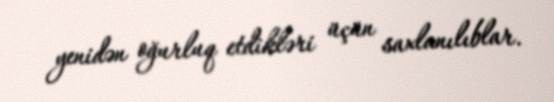
yenidən oğurluq etdikləri üçün saxlanılıblar.